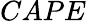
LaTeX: CAPE